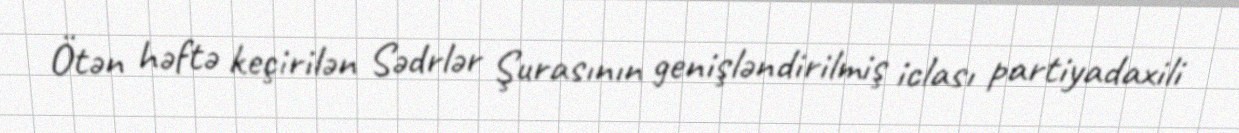
Ötən həftə keçirilən Sədrlər Şurasının genişləndirilmiş iclası partiyadaxili